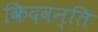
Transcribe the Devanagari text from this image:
किदवन्ति